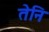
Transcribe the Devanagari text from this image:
तेनि